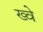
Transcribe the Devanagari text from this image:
ख्वे